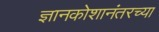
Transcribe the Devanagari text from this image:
ज्ञानकोशानंतरच्या